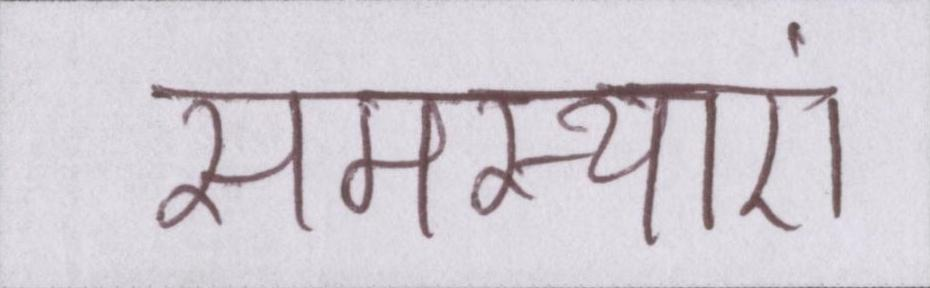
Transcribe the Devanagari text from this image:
समस्याएं